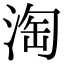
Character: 淘